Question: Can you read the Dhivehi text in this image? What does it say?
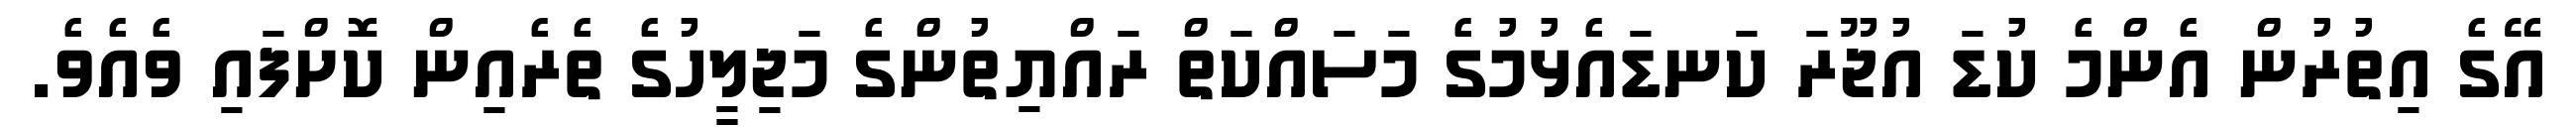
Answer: އޭގެ އިތުރުން އެންމެ ކުޑަ އުޖޫރަ ކަނޑައެޅުމުގެ މަސައްކަތް ރައްޔިތުންގެ މަޖިލީހުގެ ތެރެއިން ކޮށްފައި ވެއެވެ.